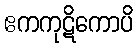
ဧကကုဋိကောပိ